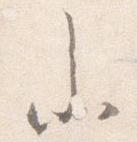
参